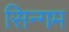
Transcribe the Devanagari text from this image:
सिन्गम